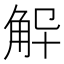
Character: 𮗨